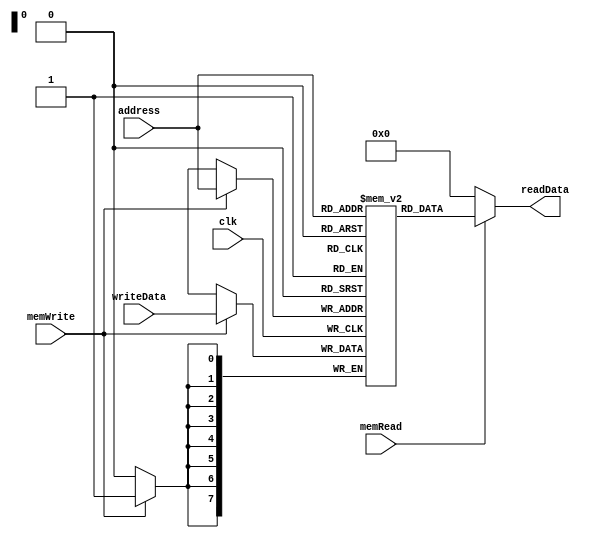
`timescale 1ns / 1ps

module DataMemory (
    input clk,
    input [7:0] address,
    input [7:0] writeData,
    input memWrite, memRead,
    output reg [7:0] readData
);
    reg [7:0] memory [255:0];

    always @(posedge clk) begin
        if (memWrite)
            memory[address] <= writeData;
    end

    always @(*) begin
        if (memRead)
            readData = memory[address];
        else
            readData = 8'b00000000;
    end
endmodule